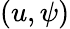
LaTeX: (u,\psi)